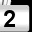
Digit: 2